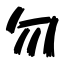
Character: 勿